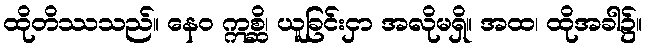
ထိုတိဿသည်။ နေဝ ဣစ္ဆိ၊ ယူခြင်းငှာ အလိုမရှိ။ အထ၊ ထိုအခါ၌။